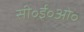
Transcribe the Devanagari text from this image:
सी॰ई॰ओ॰